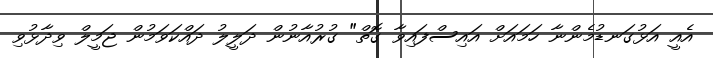
އެއީ އަޅުގަނޑުމެންނާ ހަމައަށް އައިސްފައިވާ ގޮތް" ގުރުއާނުން ދަލީލު ދައްކަވަމުން ޖަމީލް ވިދާޅުވި